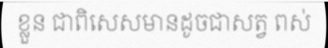
ខ្លួន ជាពិសេសមានដូចជាសត្វ ពស់